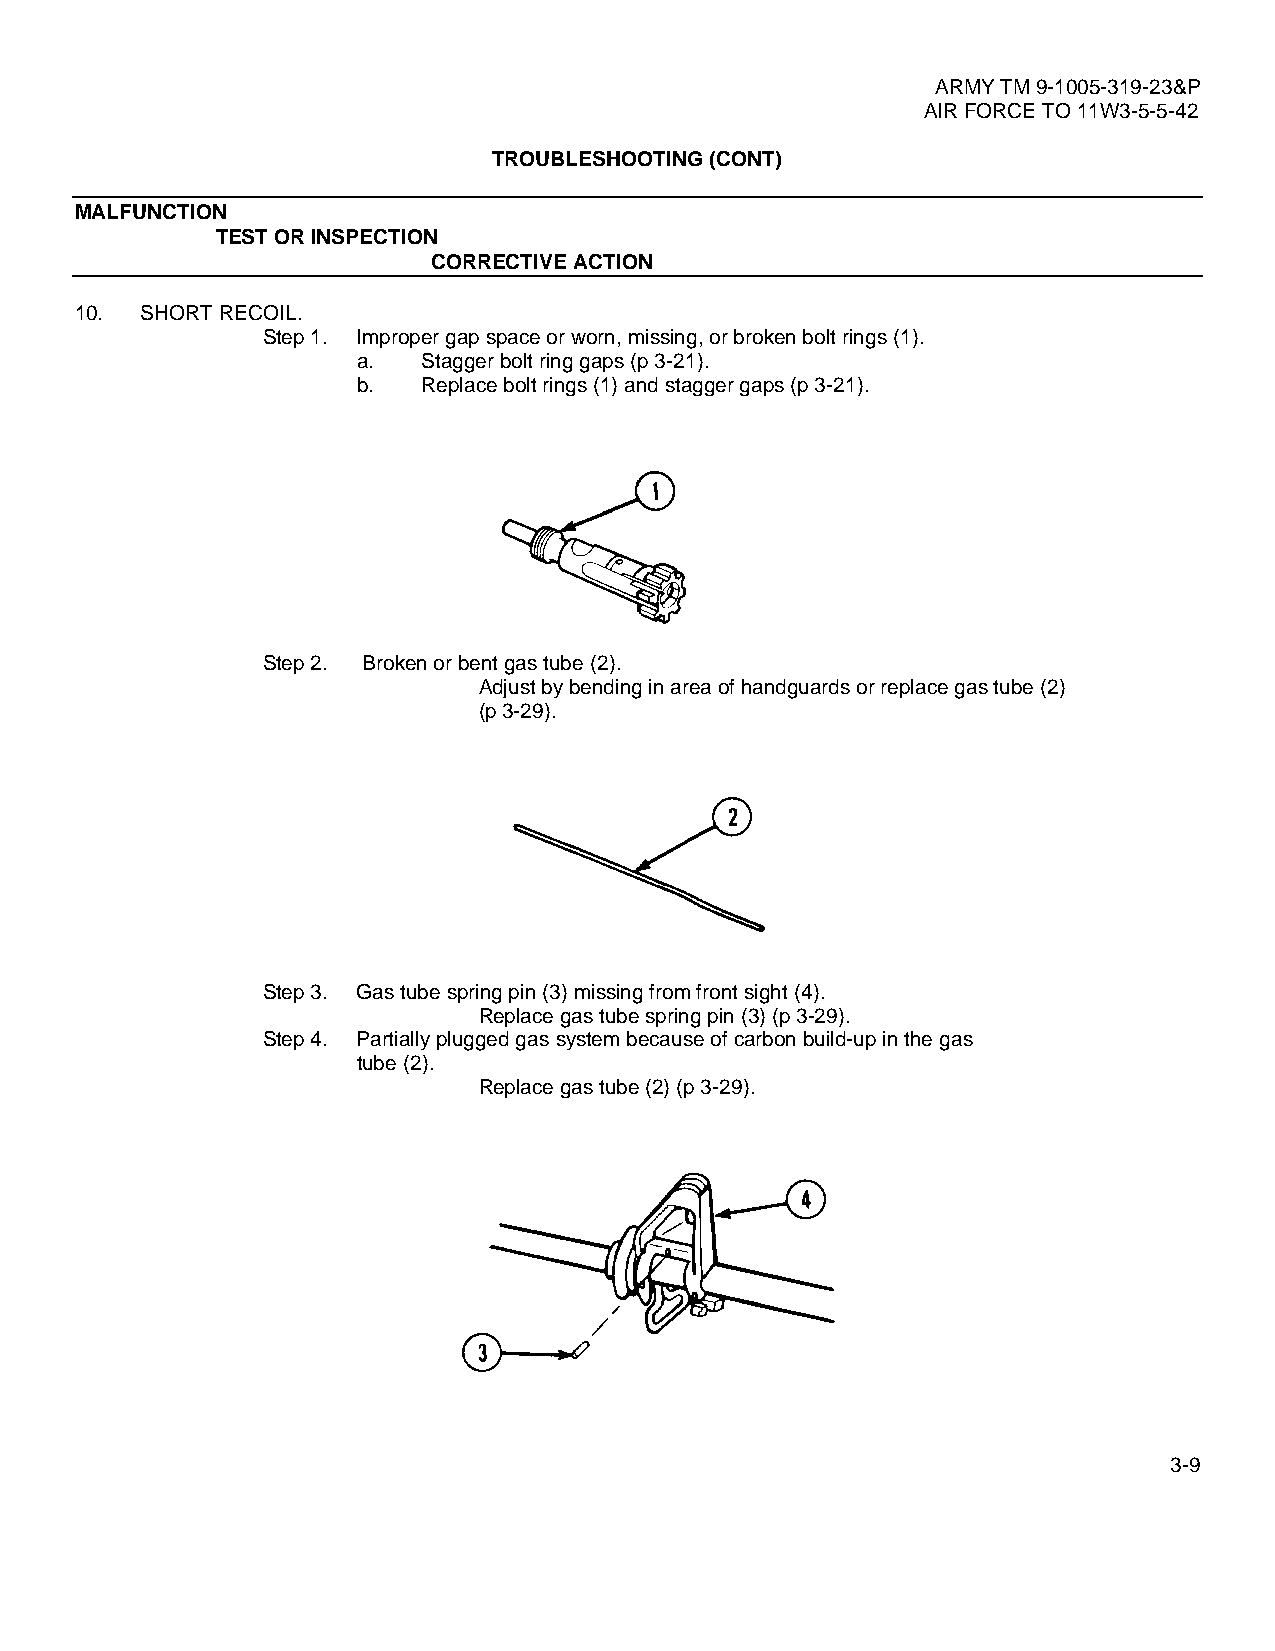
ARMY TM 9-1005-319-23&P
 AIR FORCE TO 11W3-5-5-42
 TROUBLESHOOTING (CONT)
 MALFUNCTION
 TEST OR INSPECTION
 CORRECTIVE ACTION
 10. SHORT RECOIL.
 Step 1. Improper gap space or worn, missing, or broken bolt rings (1).
 a.  Stagger bolt ring gaps (p 3-21).
 b.  Replace bolt rings (1) and stagger gaps (p 3-21).
 Step 2. Broken or bent gas tube (2).
 Adjust by bending in area of handguards or replace gas tube (2)
 (p 3-29).
 Step 3. Gas tube spring pin (3) missing from front sight (4).
 Replace gas tube spring pin (3) (p 3-29).
 Step 4. Partially plugged gas system because of carbon build-up in the gas
 tube (2).
 Replace gas tube (2) (p 3-29).
 3-9